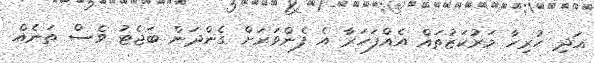
އަދި ހުރިހާ މަރުކަޒުތައް އެއްފަހަރާ އެ ފެންވަރަށް ގެންދަން ބަޖެޓު ވެސް ތަނެއް